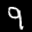
Label: 9